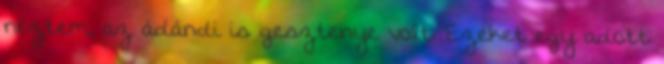
néztem, az ádándi is gesztenye volt. Ezeket egy adott